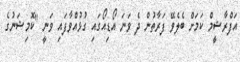
އަފްރާޝީމް ކަމަށް ބެލެވޭ ފަރާތުން ދެ ވަނަ އޯޑިއޯގައި ގުޅުއްވާފައި ވަނީ "ކޮމިޝަނުގެ